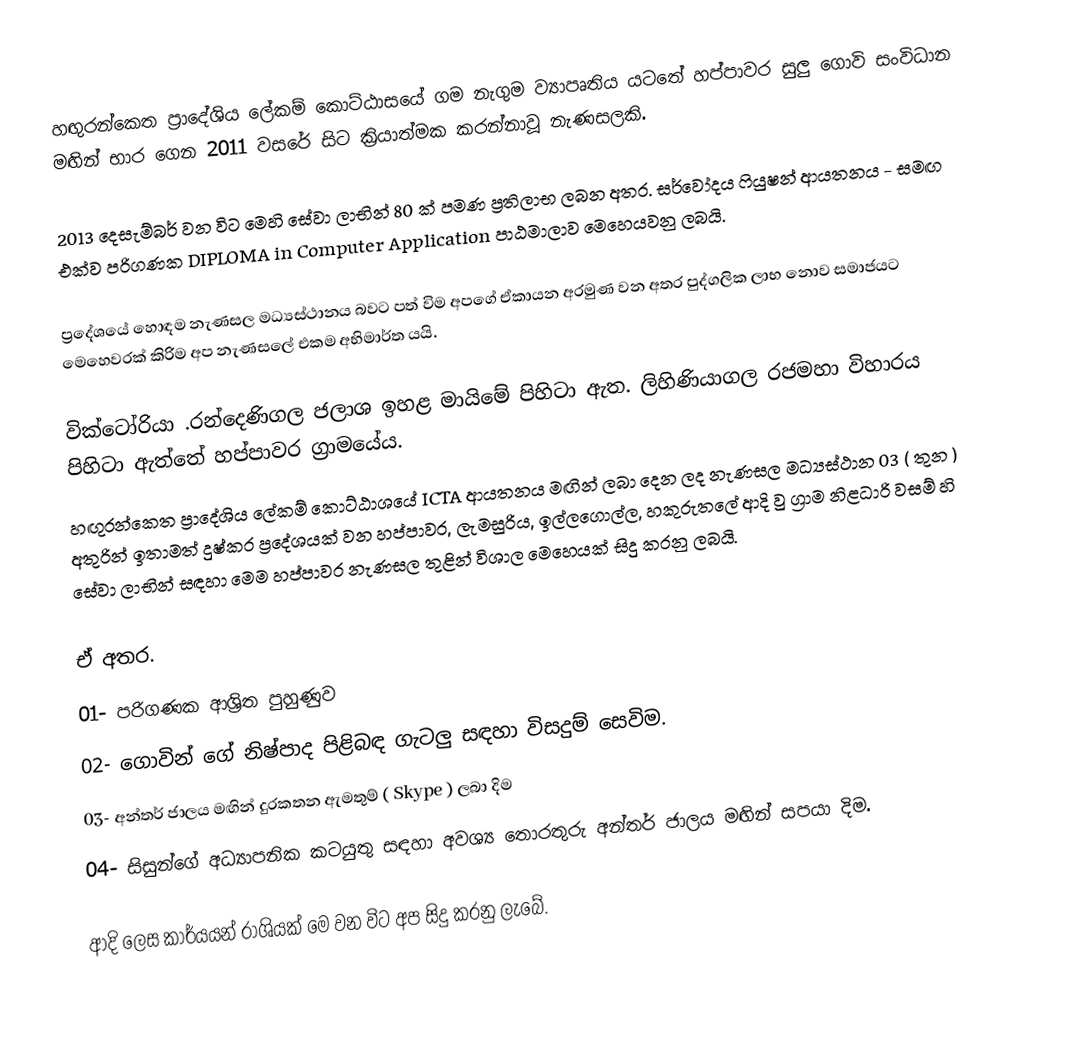
හඟුරන්කෙත ප්‍රාදේශිය ලේකම් කොට්ඨාසයේ ගම නැගුම ව්‍යාපෘතිය යටතේ හප්පාවර සුලු ගොවි සංවිධාන මඟින් භාර ගෙන 2011 වසරේ සිට ක්‍රියාත්මක කරන්නාවූ නැණසලකි.

2013 දෙසැම්බර් වන විට මෙහි සේවා ලාභින් 80 ක් පමණ ප්‍රතිලාභ ලබන අතර. සර්වෝදය ෆියුෂන් ආයතනය - සමඟ එක්ව පරිගණක DIPLOMA in Computer Application පාඨමාලාව මෙහෙයවනු ලබයි.

ප්‍රදේශයේ හොඳම නැණසල මධ්‍යස්ථානය බවට පත් විම අපගේ ඒකායන අරමුණ වන අතර පුද්ගලික ලාභ නොව සමාජයට මෙහෙවරක් කිරිම අප නැණසලේ එකම අභිමාර්ත යයි.

වික්ටෝරියා .රන්දෙණිගල ජලාශ ඉහළ මායිමේ පිහිටා ඇත. ලිහිණියාගල රජමහා විහාරය පිහිටා ඇත්තේ හප්පාවර ග්‍රාමයේය.
හඟුරන්කෙත ප්‍රාදේශිය ලේකම් කොට්ඨාශයේ ICTA ආයතනය මඟින් ලබා දෙන ලද නැණසල මධ්‍යස්ථාන 03 ( තුන ) අතුරින් ඉතාමත් දුෂ්කර ප්‍රදේශයක් වන හප්පාවර, ලැමසුරිය, ඉල්ලගොල්ල, හකුරුතලේ ආදි වු ග්‍රාම නිළධාරි වසම් හි සේවා ලාභින් සඳහා මෙම හප්පාවර නැණසල තුළින් විශාල මෙහෙයක් සිදු කරනු ලබයි.

ඒ අතර.
01- පරිගණක ආශ්‍රිත පුහුණුව
02- ගොවින් ගේ නිෂ්පාද පිළිබඳ ගැටලු සඳහා විසදුම් සෙවිම.
03- අන්තර් ජාලය මඟින් දුරකතන ඇමතුම් ( Skype )  ලබා දිම
04- සිසුන්ගේ අධ්‍යාපනික කටයුතු සඳහා අවශ්‍ය තොරතුරු අන්තර් ජාලය මඟින් සපයා දිම.

ආදි ලෙස කාර්යයන් රාශියක් මෙ වන විට අප සිදු කරනු ලැබේ.